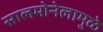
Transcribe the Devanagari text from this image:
सालमोनेलामुळे